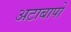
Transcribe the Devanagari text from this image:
अटाबापो